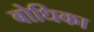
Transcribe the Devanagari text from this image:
बोधिका